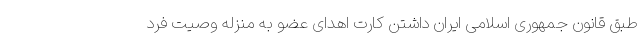
طبق قانون جمهوری اسلامی ایران داشتن کارت اهدای عضو به منزله وصیت فرد